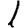
Digit: 1